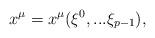
LaTeX: \begin{align*}x^{\mu} = x^{\mu} ( \xi^{0}, ... \xi_{p-1} ),\end{align*}